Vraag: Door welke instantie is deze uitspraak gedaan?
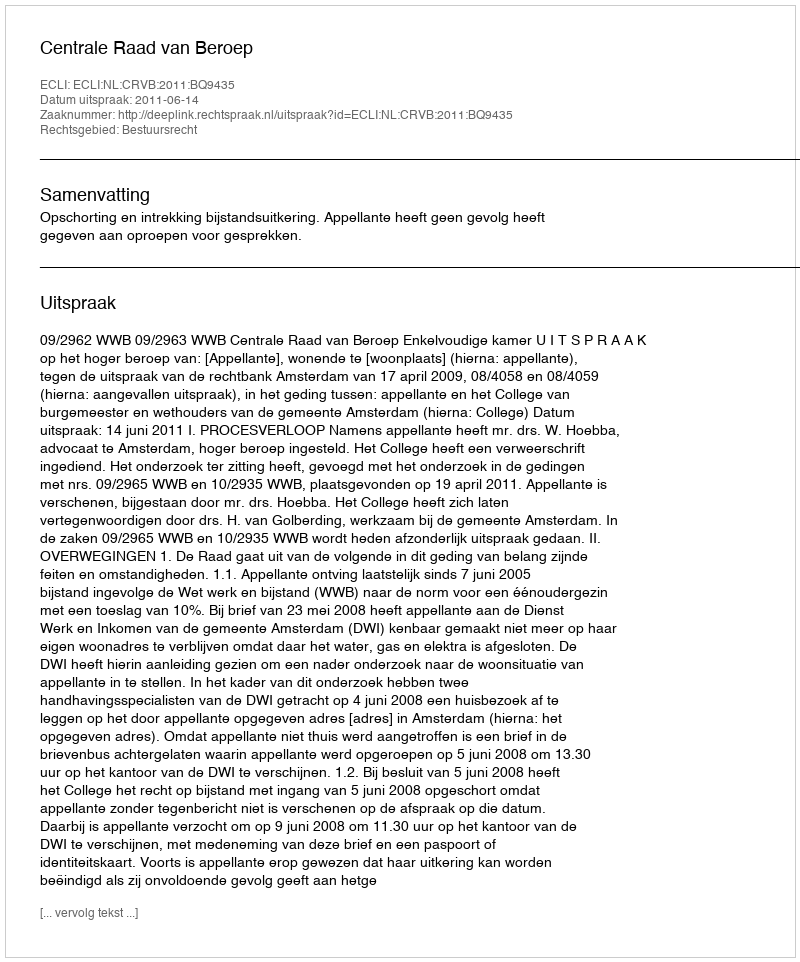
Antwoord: Centrale Raad van Beroep